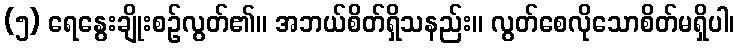
(၅) ရေနွေးချိုးစဉ်လွတ်၏။ အဘယ်စိတ်ရှိသနည်း။ လွတ်စေလိုသောစိတ်မရှိပါ၊